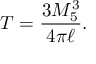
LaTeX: T = \frac { 3 M _ { 5 } ^ { 3 } } { 4 \pi \ell } .